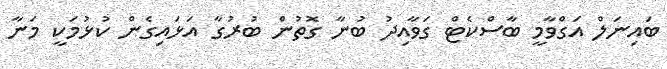
ބައިނަލް އަގްވާމީ ބާސްކެޓް ގަވާއިދު ބުނާ ގޮތުން ބުރުގާ އަޅައިގެން ކުޅުމަކީ މަނާ